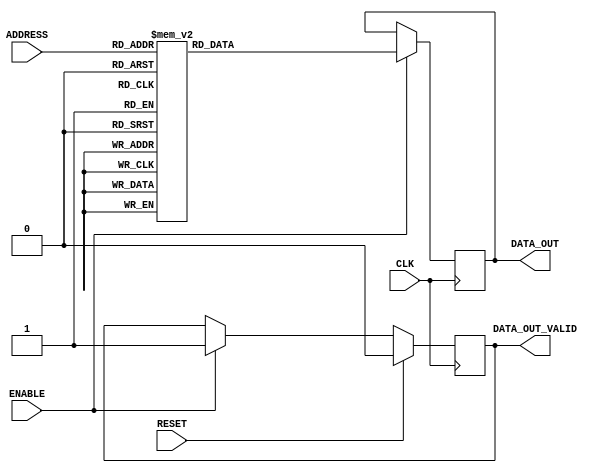
`timescale 1ns/1ps

module ROM_ASIC #(
// Parameters
    parameter   DATA_WIDTH          = 16,
    parameter   ADDR_WIDTH          = 4,
    parameter   INIT                = "weight.txt",
    parameter   TYPE                = "block",
    parameter   ROM_DEPTH           = 1<<ADDR_WIDTH
) (
// Port Declarations
    input  wire                         CLK,
    input  wire                         RESET,
    input  wire  [ADDR_WIDTH-1:0]       ADDRESS,
    input  wire                         ENABLE,
    output reg   [DATA_WIDTH-1:0]       DATA_OUT,
    output reg                          DATA_OUT_VALID
);

// ******************************************************************
// Internal variables
// ******************************************************************

  localparam DEPTH = ROM_DEPTH;

  reg     [DATA_WIDTH-1:0]        rdata;
  wire     [ADDR_WIDTH-1:0]        address;

  assign address = ADDRESS;


  // `include "instructions.v"   // TODO
  always @(*) begin
	case(address)
/*****************************************************************************************/
//
// read [True, False, False, False]
// ['x_train(0,)', 'x_train(1,)', 'x_train(2,)', 'x_train(3,)', None, None, None, None, None, None, None, None, None, None, None, None]
// Data values: [14, 11, 24, 46, None, None, None, None, None, None, None, None, None, None, None, None]
// Dest PEs: [1, 2, 3, 4, None, None, None, None, None, None, None, None, None, None, None, None]
4'd0: rdata =    56'b00000000000000000000000000000000000000000000000000000001;
//
// shift amount: 15, Lanes IDs: [1, 2, 3, 4]
4'd1: rdata =    56'b00000000000000000000000000000000000100100100100001011111;
//
// read [True, False, False, False]
// ['x_train(4,)', 'x_train(5,)', 'x_train(6,)', 'x_train(7,)', None, None, None, None, None, None, None, None, None, None, None, None]
// Data values: [24, 19, 31, 32, None, None, None, None, None, None, None, None, None, None, None, None]
// Dest PEs: [5, 6, 7, 9, None, None, None, None, None, None, None, None, None, None, None, None]
4'd2: rdata =    56'b00000000000000000000000000000000000000000000000000000001;
//
// shift amount: 10, Lanes IDs: [9]
4'd3: rdata =    56'b00000000000000000000100000000000000000000000000001011010;
//
// shift amount: 11, Lanes IDs: [5, 6, 7]
4'd4: rdata =    56'b00000000000000000000000000100100100000000000000001011011;
//
// read [True, False, False, False]
// ['x_train(8,)', 'x_train(9,)', 'x_train(10,)', 'x_train(11,)', None, None, None, None, None, None, None, None, None, None, None, None]
// Data values: [32, -1, 29, 33, None, None, None, None, None, None, None, None, None, None, None, None]
// Dest PEs: [10, 11, 12, 13, None, None, None, None, None, None, None, None, None, None, None, None]
4'd5: rdata =    56'b00000000000000000000000000000000000000000000000000000001;
//
// shift amount: 6, Lanes IDs: [10, 11, 12, 13]
4'd6: rdata =    56'b00000000100100100100000000000000000000000000000001010110;
//
// read [True, False, False, False]
// ['x_train(12,)', 'x_train(13,)', 'x_train(14,)', 'x_train(15,)', None, None, None, None, None, None, None, None, None, None, None, None]
// Data values: [2, 22, 36, 21, None, None, None, None, None, None, None, None, None, None, None, None]
// Dest PEs: [14, 15, 17, 18, None, None, None, None, None, None, None, None, None, None, None, None]
4'd7: rdata =    56'b00000000000000000000000000000000000000000000000000000001;
//
// shift amount: 1, Lanes IDs: [1, 2]
4'd8: rdata =    56'b00000000000000000000000000000000000000001101100001010001;
//
// shift amount: 2, Lanes IDs: [14, 15]
4'd9: rdata =    56'b00100100000000000000000000000000000000000000000001010010;
//
// read [True, False, False, False]
// ['x_train(16,)', 'x_train(17,)', 'x_train(18,)', 'x_train(19,)', None, None, None, None, None, None, None, None, None, None, None, None]
// Data values: [23, 13, 9, 31, None, None, None, None, None, None, None, None, None, None, None, None]
// Dest PEs: [19, 20, 21, 22, None, None, None, None, None, None, None, None, None, None, None, None]
4'd10: rdata =   56'b00000000000000000000000000000000000000000000000000000001;
//
// shift amount: 13, Lanes IDs: [3, 4, 5, 6]
4'd11: rdata =   56'b00000000000000000000000000001101101101100000000001011101;
//
// wfi
4'd12: rdata =   56'b00000000000000000000000000000000000000000000000001100000;
//
// loop
4'd13: rdata =   56'b00000000000000000000000000000000000000000000000001110000;/****************************************************************************************/
default: rdata = 56'b00000000000000000000000000000000000000000000000001110000;

	endcase
	end

    //reg     [ADDR_WIDTH-1:0]        address;

// ******************************************************************
// Read Logic
// ******************************************************************

    always @ (posedge CLK)
    begin : READ_VALID
        if (RESET) begin
            DATA_OUT_VALID <= 1'b0;
        end else if (ENABLE) begin
            DATA_OUT_VALID <= 1'b1;
        end
    end



 always @(posedge CLK) begin
    if (ENABLE)
        DATA_OUT <= rdata;
end

endmodule